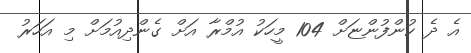
އެ ދެ ކުންފުންޏަށް 104 މީހަކު އުމްރާ އަށް ގެންދިއުމަށް މި އަހަރު